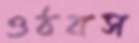
ওঠবস